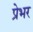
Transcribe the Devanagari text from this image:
प्रेभर